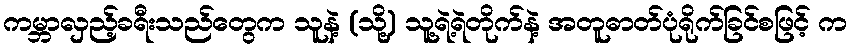
ကမ္ဘာလှည့်ခရီးသည်တွေက သူနဲ့ (သို့) သူ့ရဲ့ရဲတိုက်နဲ့ အတူဓာတ်ပုံရိုက်ခြင်စဖြင့် က